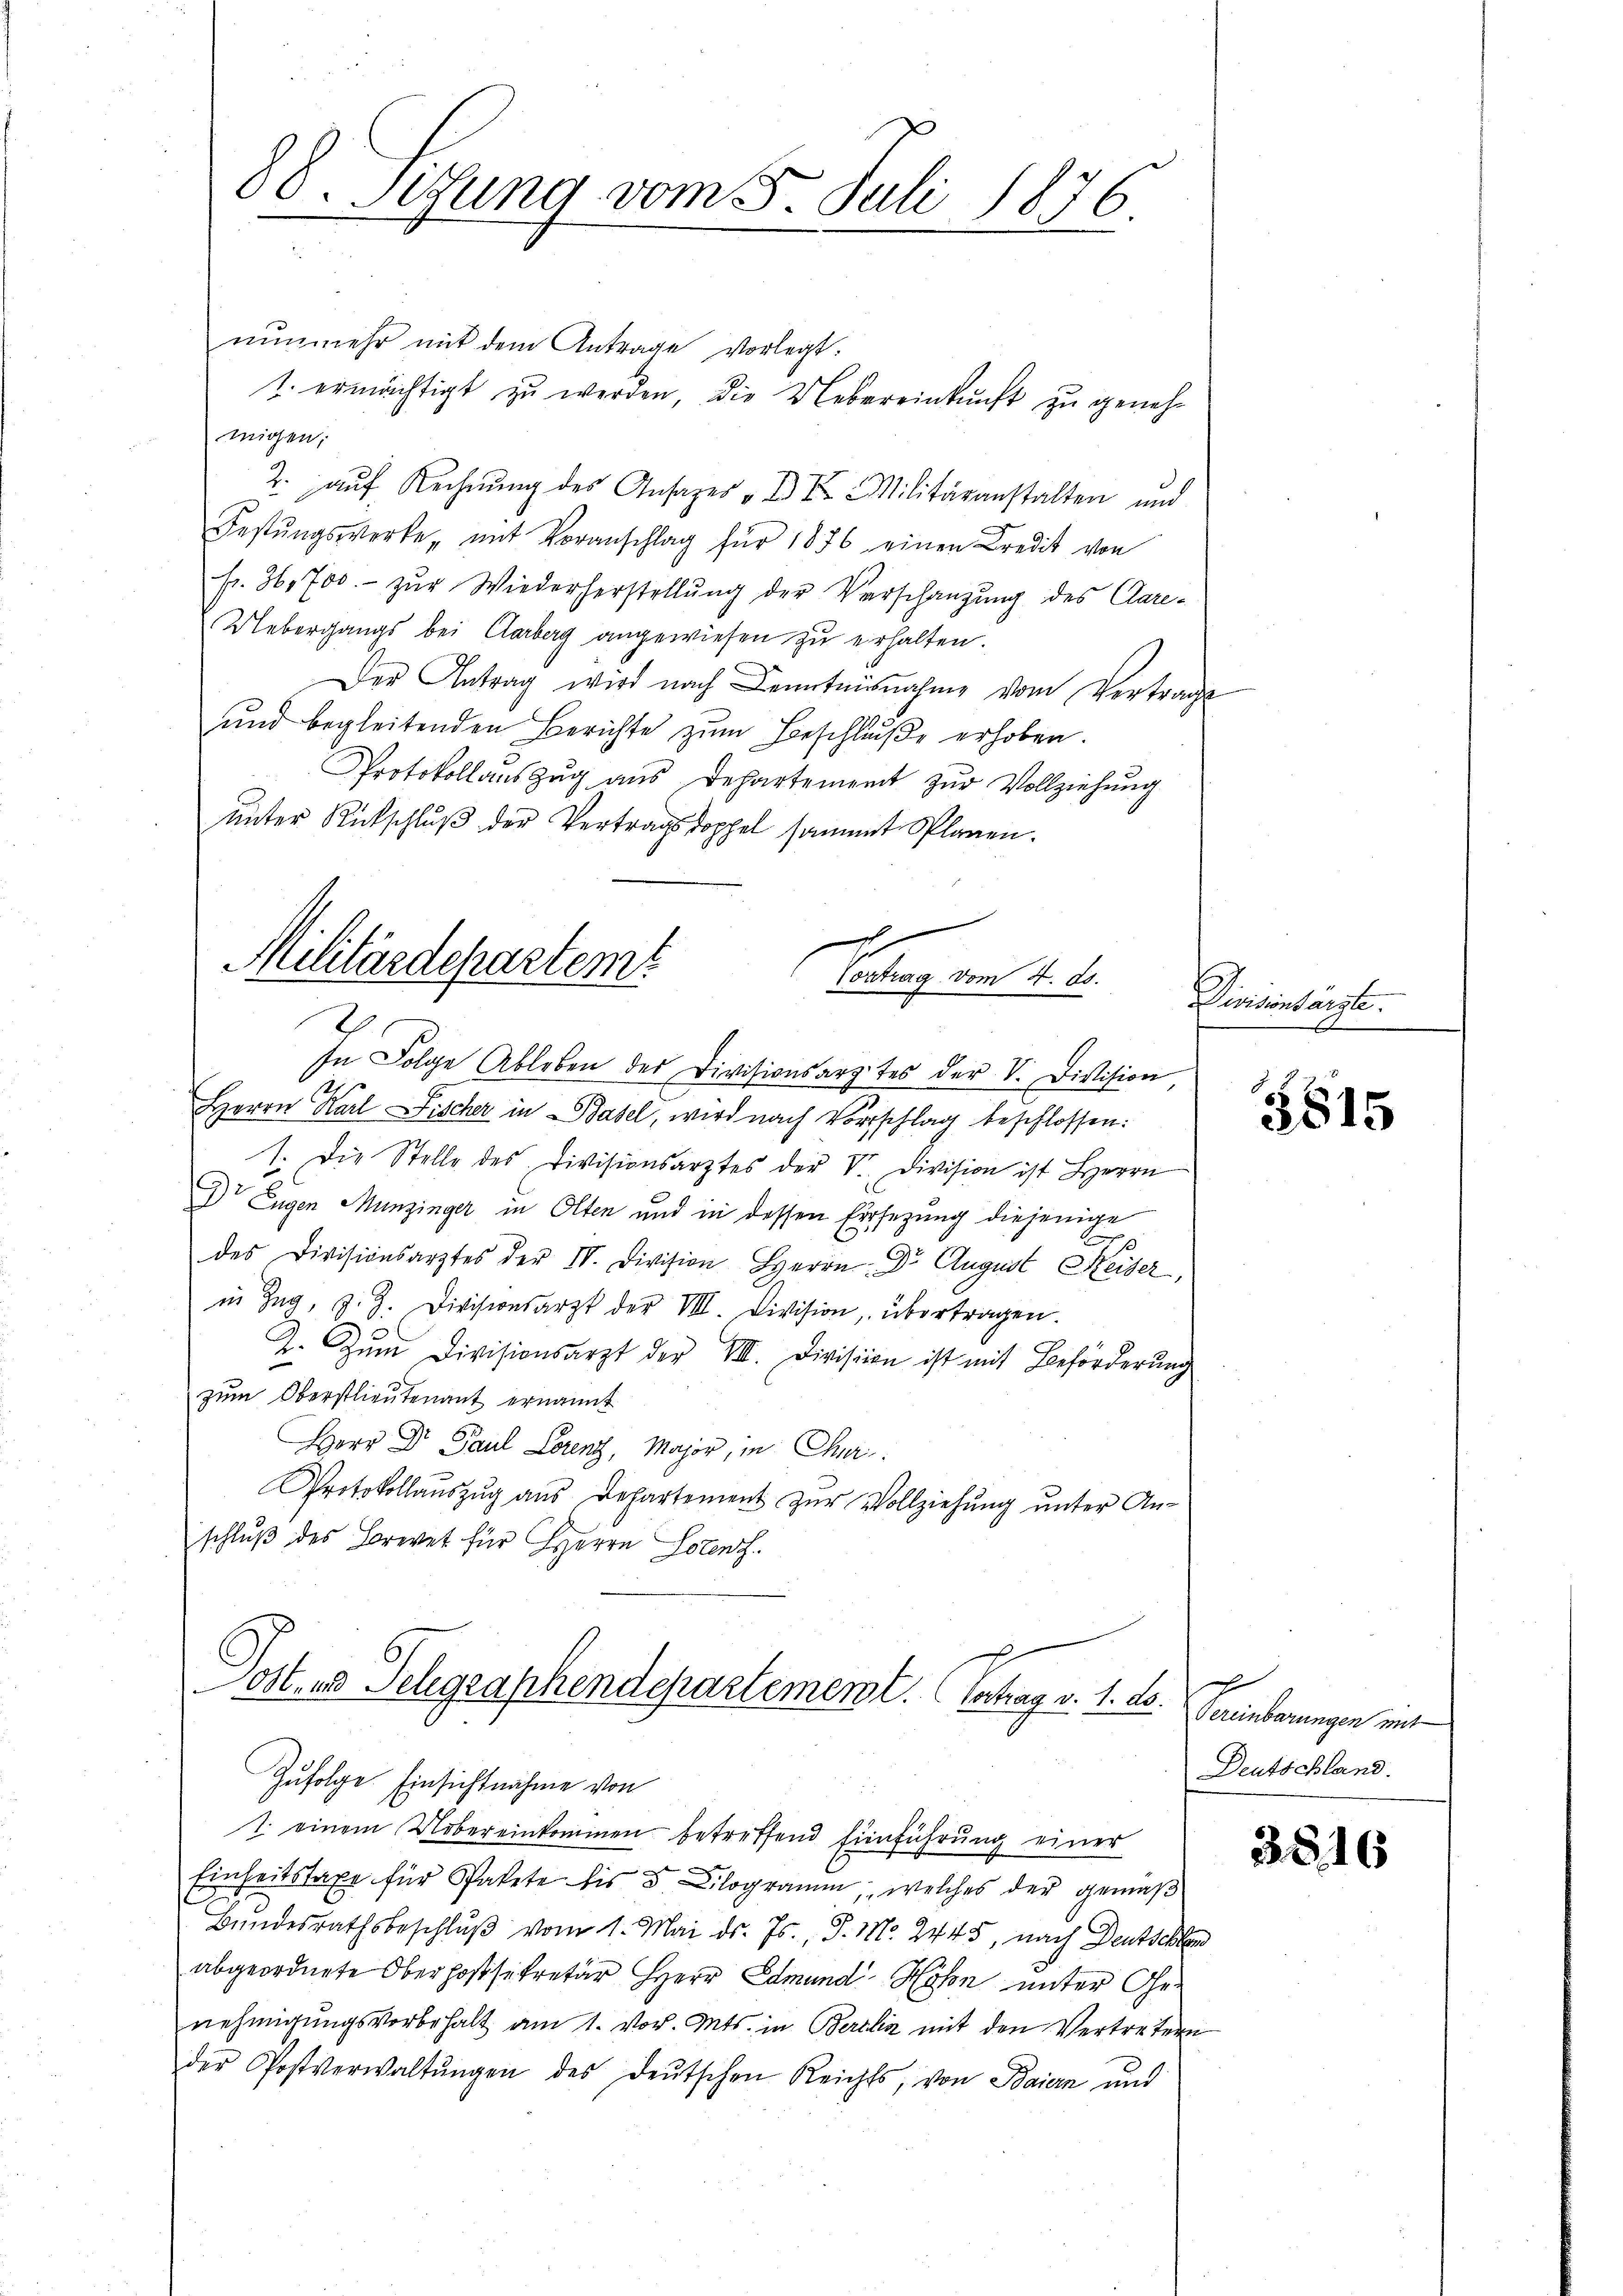
88. Sitzung vom 5. Juli 1876

nunmehr mit dem Antrage vorlegt:
1. ermächtigt zu werden, die Uebereinkunft zu genehwigen;
2. auf Rechnung des Ansages „II Militäranstalten und
Festŭngswerke, mit Voranschlag für 1876 einen Credit von
fr. 36,700.- zŭr Wiederherstellŭng der Verschänzŭng des Care-
Uebergangs bei Clarberg angewiesen zu erhalten.
Der Antrag wird nach Kenntnisnahme vom Vertrage
ŭnd begleitenden Berichte zŭm Beschlŭβe erhoben.
Protokollauszug aus Departement zur Vollziehung
unter Rückschluß der Vertragsdoppel sammt Splanen.
x

Militärdepartem
Vortrag vom 4. d.

In Folge Ableben des Divisionsarztes der V. Division
Herrn Karl Fischer in Basel, wird nach Vorschlag beschlossen:
1. Die Stelle des Divisionsarztes der V. Division ist Herrn
Dr Eugen Munzinger in Olten und in dessen Ersezung diejenige
B
des Divisionsarztes der IV. Division Herrn Dr. August Heiser,
in Zug, z. Z. Divisionsarzt der VIII. Division, übertragen.
2. Zum Divisionsarzt der VII. Division ist mit Beförderŭng
zum Oberstlieutenant ernannt
Herr Dr. Paul Lorenz, Major, in Chur
Protokollaŭszŭg aŭs Departement zŭr Vollziehŭng ŭnter An-
schluß des Brevet für Herrn Lotent.
Postens Telegraphendepartement. Vertrag v. 1. d.
Zufolge Einsichtnahme von
1. einem Uebereinkommen betreffend Einführung einer
Einheitstaxe für Spakete bis 5 ilogramm, welches der gemäß
Bundesrathsbeschlŭβ vom 1. Mai d. Js., P. Nr. 2445, nach Deutschen
abgeordnete Oberhofsekretär Herr Edmund Sohn unter Genehmigungsvorbehalt am 1. vor. Mts. in Berlin mit den Vertretern
der Postverwaltŭngen des deŭtschen Reichts, von Baiern und

Divisionsarzte.

5815

r
Vereinbarungen mit
Deutschland.

3816